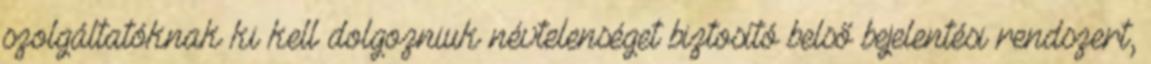
szolgáltatóknak ki kell dolgozniuk névtelenséget biztosító belső bejelentési rendszert,